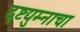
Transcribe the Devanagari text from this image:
दृष्टद्युम्नाचा